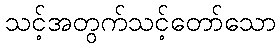
သင့်အတွက်သင့်တော်သော